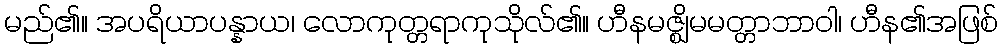
မည်၏။ အပရိယာပန္နာယ၊ လောကုတ္တရာကုသိုလ်၏။ ဟီနမဇ္ဈိမမတ္တာဘာဝါ၊ ဟီန၏အဖြစ်